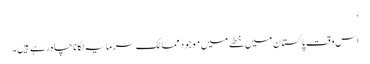
‘
اس وقت پاکستان میں خطے میں موجود ممالک سرمایہ لگانا چاہ رہے ہیں۔